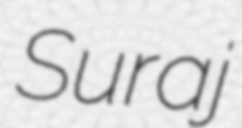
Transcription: Suraj